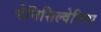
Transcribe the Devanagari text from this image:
पेनिसिल्‍वेनिया